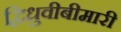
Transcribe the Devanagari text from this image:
द्विध्रुवीबीमारी